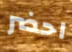
احضر